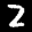
Label: 2